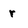
Character: r